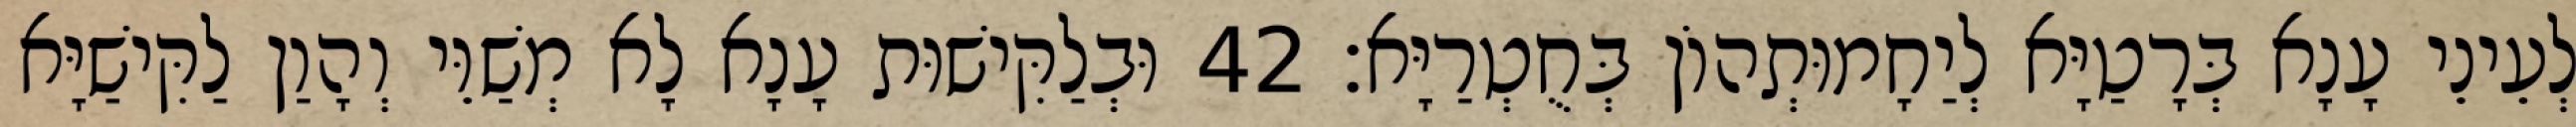
לְעֵינֵי עָנָא בְּרָטַיָּא לְיַחָמוּתְהוֹן בְּחֻטְרַיָּא׃ 42 וּבְלַקִּישׁוּת עָנָא לָא מְשַׁוֵּי וְהָוַן לַקִּישַׁיָּא